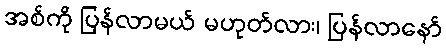
အစ်ကို ပြန်လာမယ် မဟုတ်လား၊ ပြန်လာနော်